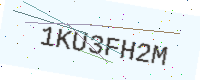
Text: 1KU3FH2M